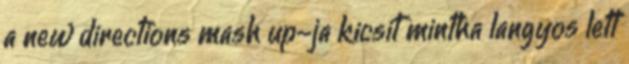
a new directions mash up-ja kicsit mintha langyos lett